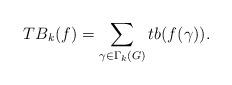
LaTeX: \begin{align*}TB_{k}(f)=\sum_{\gamma\in\Gamma_{k}(G)}tb(f(\gamma)).\end{align*}